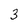
Character: 3